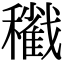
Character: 𥣩